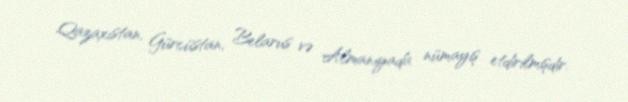
Qazaxıstan, Gürcüstan, Belarus və Almaniyada nümayiş etdirilmişdir.